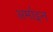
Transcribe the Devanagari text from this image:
अर्माइन